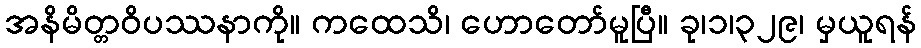
အနိမိတ္တဝိပဿနာကို။ ကထေသိ၊ ဟောတော်မူပြီ။ ခု၊၁၊၃၂၉၊ မှယူရန်